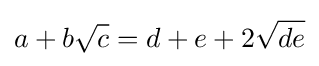
a+b{\sqrt {c}}=d+e+2{\sqrt {de}}